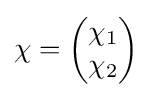
\chi ={\begin{pmatrix}\chi _{1}\\\chi _{2}\\\end{pmatrix}}